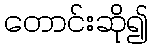
တောင်းဆို၍